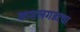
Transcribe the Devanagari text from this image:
कमलगडाचा